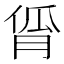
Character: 𬁾